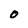
Character: O